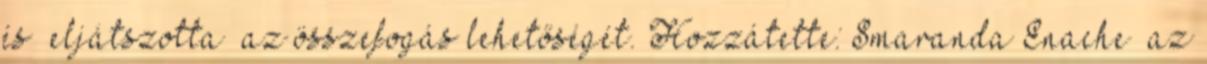
és „eljátszotta” az összefogás lehetőségét. Hozzátette: Smaranda Enache „az